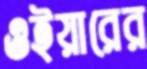
ওইয়ারের